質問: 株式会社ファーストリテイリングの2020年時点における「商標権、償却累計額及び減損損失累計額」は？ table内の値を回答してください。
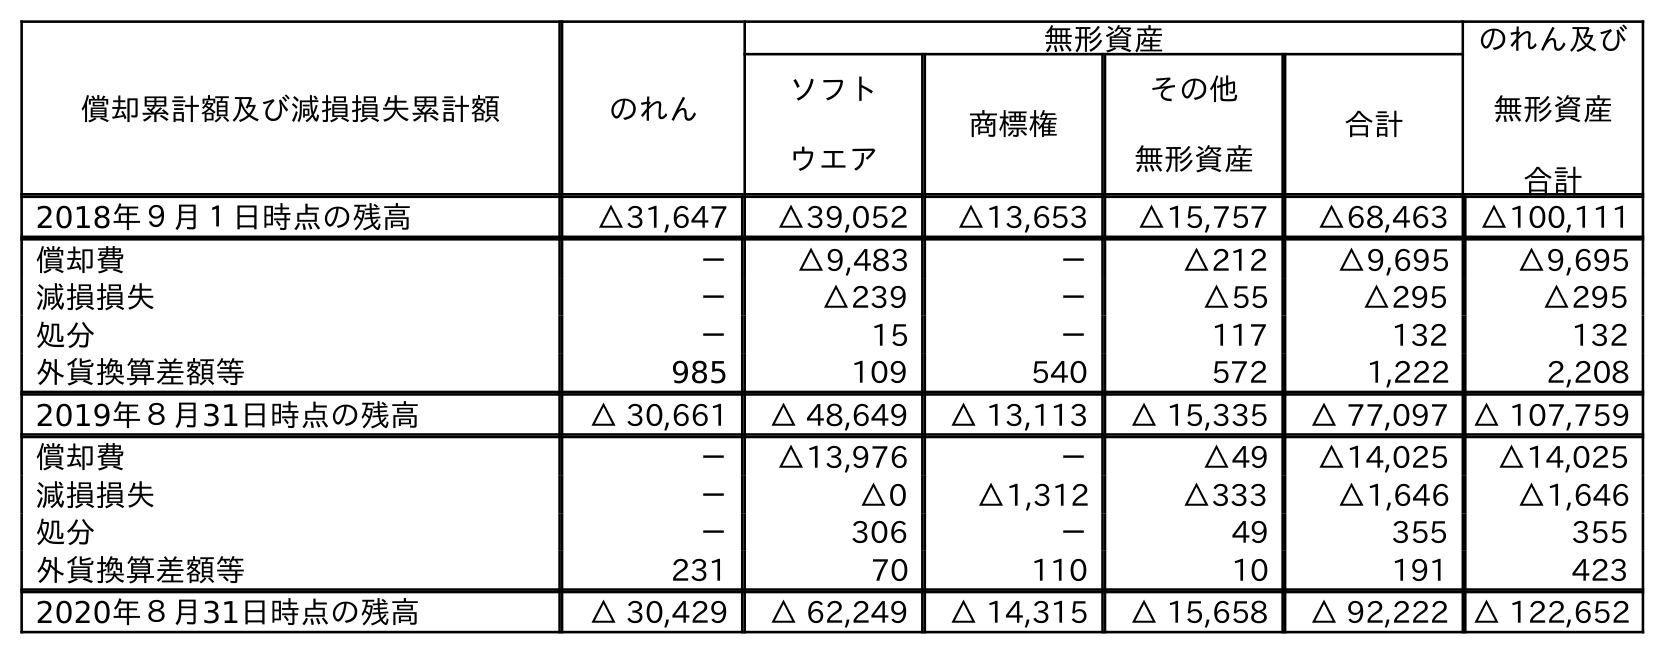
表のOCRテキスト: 償却累計額及び減損損失累計額 のれん 無形資産 のれん及び 無形資産 合計 ソフト ウエア 商標権 その他 無形資産 合計 2018年９月１日時点の残高 △31,647 △39,052 △13,653 △15,757 △68,463 △100,111 償却費 － △9,483 － △212 △9,695 △9,695 減損損失 － △239 － △55 △295 △295 処分 － 15 － 117 132 132 外貨換算差額等 985 109 540 572 1,222 2,208 2019年８月31日時点の残高 △ 30,661 △ 48,649 △ 13,113 △ 15,335 △ 77,097 △ 107,759 償却費 － △13,976 － △49 △14,025 △14,025 減損損失 － △0 △1,312 △333 △1,646 △1,646 処分 － 306 － 49 355 355 外貨換算差額等 231 70 110 10 191 423 2020年８月31日時点の残高 △ 30,429 △ 62,249 △ 14,315 △ 15,658 △ 92,222 △ 122,652
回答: △14,315